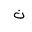
Letter: _non